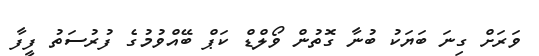
ވަރަށް ގިނަ ބަޔަކު ބުނާ ގޮތުން ވޯލްޑް ކަޕް ބޭއްވުމުގެ ފުރުސަތު ފީފާ